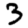
Digit: 3